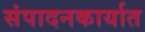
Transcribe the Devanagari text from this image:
संपादनकार्यात